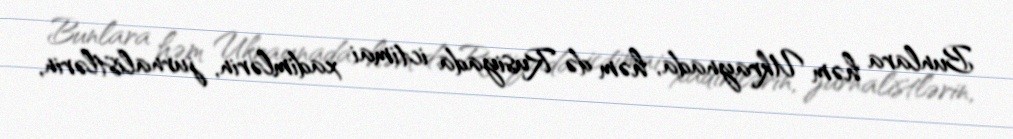
Bunlara həm Ukraynada, həm də Rusiyada ictimai xadimlərin, jurnalistlərin,